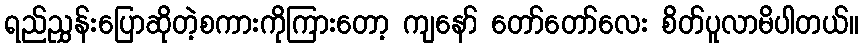
ရည်ညွှန်းပြောဆိုတဲ့စကားကိုကြားတော့ ကျနော် တော်တော်လေး စိတ်ပူလာမိပါတယ်။